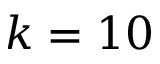
k = 1 0